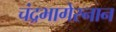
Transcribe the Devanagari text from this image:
चंद्रभागेस्नान